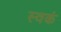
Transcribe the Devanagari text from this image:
स्वकं